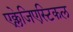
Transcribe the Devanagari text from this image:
एक्लेजिएस्टिकल